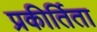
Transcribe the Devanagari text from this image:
प्रकीर्तिता